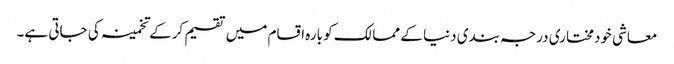
معاشی خودمختاری درجہ بندی دنیا کے ممالک کو بارہ اقسام میں تقسیم کرکے تخمینہ کی جاتی ہے۔